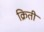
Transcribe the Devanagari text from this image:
क्रिती